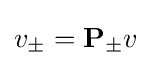
v_{\pm }={\mathbf {P}}_{\pm }v